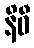
နိဓီ